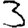
Digit: 3